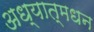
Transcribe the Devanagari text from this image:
अध्यात्मधन